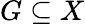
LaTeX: G\subseteq X